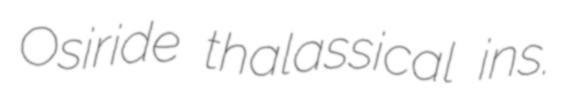
Osiride thalassical ins.